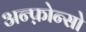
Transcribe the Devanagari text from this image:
अन्फ़ोन्सो